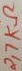
Text: 2,7KΩ